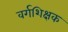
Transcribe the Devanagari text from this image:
वर्गशिक्षक